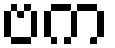
ဗက